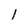
Character: 1